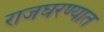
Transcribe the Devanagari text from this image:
राजघरण्यात